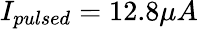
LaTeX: I_{pulsed}=12.8\mu A